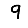
Digit: 9